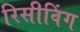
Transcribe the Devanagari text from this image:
रिसीविंग